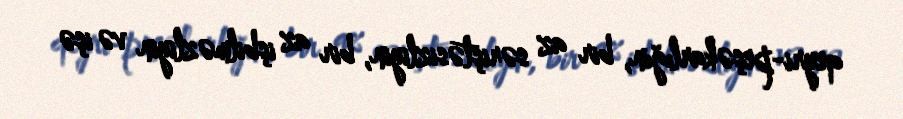
qeyri-peşəkarlığın, bir az səriştəsizliyin, bir az işbilməzliyin və işə